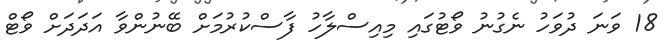
18 ވަނަ ދުވަހު ނެގުނު ވޯޓުގައި މިއިސްލާހު ފާސްކުރުމަށް ބޭނުންވާ އަދަދަށް ވޯޓް